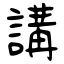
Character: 講